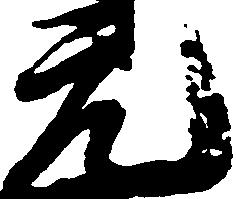
元